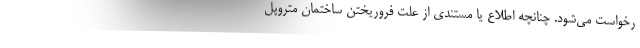
رخواست می‌شود. چنانچه اطلاع یا مستندی از علت فروریختن ساختمان متروپل